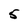
Character: 5